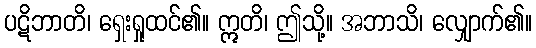
ပဋိဘာတိ၊ ရှေးရှုထင်၏။ ဣတိ၊ ဤသို့။ အဘာသိ၊ လျှောက်၏။